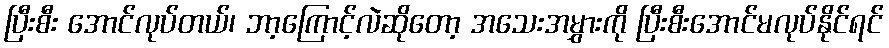
ပြီးစီး အောင်လုပ်တယ်၊ ဘာ့ကြောင့်လဲဆိုတော့ အသေးအမွှားကို ပြီးစီးအောင်မလုပ်နိုင်ရင်